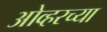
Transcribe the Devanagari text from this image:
ओव्हरच्या